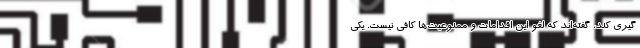
گیری کند، گفته‌اند که لغو این اقدامات و ممنوعیت‌ها کافی نیست. یکی